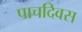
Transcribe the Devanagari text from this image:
पाचदिवस